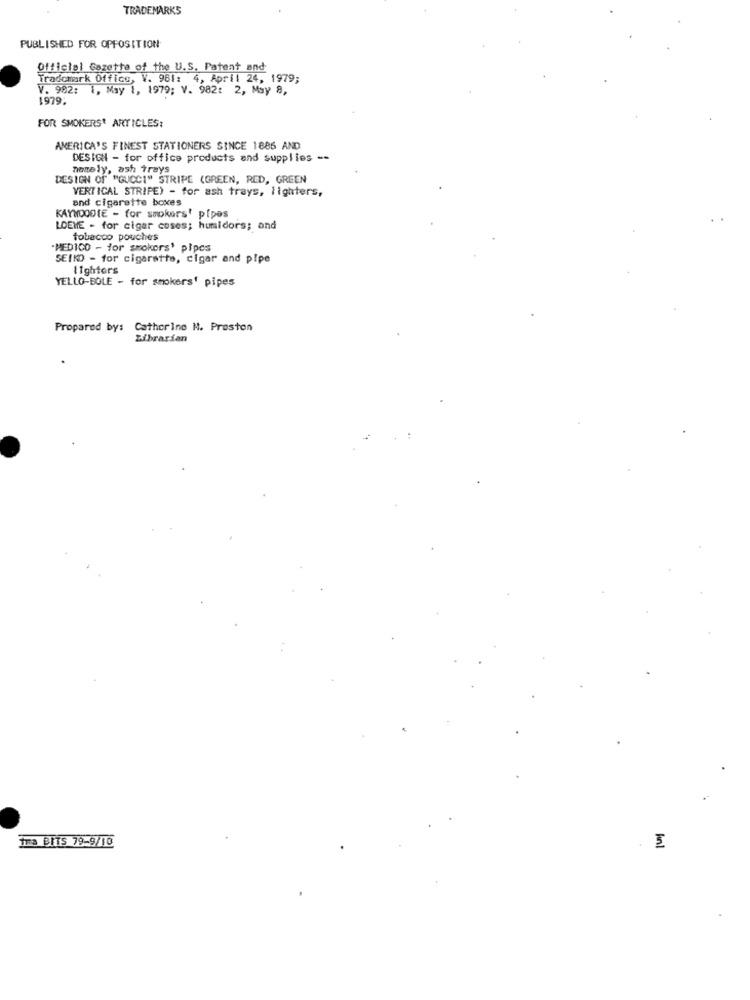
TRADEMARKS
PUBLISHED FOR OPPOSITION
Official Gazette of the U.S. Patent and
Trademark Office, V. 961: 4, April 24, 1979;
V. 982: 1, May 1, 1979; V. 982: 2, May 8,
1979.
FOR SMOKERS ARTICLES:
AMERICA'S FINEST STATIONERS SINCE 1886 AND
DESIGN - for office products and supplies --
namely, ash trays
DESIGN OF "GUCCI" STRIPE (GREEN, RED, GREEN
VERTICAL STRIPE) - for ash trays, lighters,
and cigarette boxes
KAYHOODIE - for smokers' pipes
LOEME - for cigar coses; humidors; and
tobacco pouches
"MEDICO - for smokors' pipes
SE(KD - for cigarette, cigar and pipe
1 Ighfors
YELLO-BOLE - for smokers' pipes
Prepared by: Catherine M. Preston
Librarian
1ma BITS 79-9/10
fint